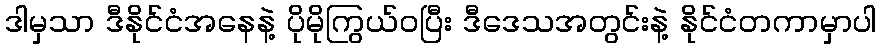
ဒါမှသာ ဒီနိုင်ငံအနေနဲ့ ပိုမိုကြွယ်ဝပြီး ဒီဒေသအတွင်းနဲ့ နိုင်ငံတကာမှာပါ